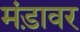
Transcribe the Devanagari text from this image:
मंड़ावर